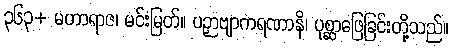
၃၆၃+ မဟာရာဇ၊ မင်းမြတ်။ ပဉှာဗျာကရဏာနိ၊ ပုစ္ဆာဖြေခြင်းတို့သည်။